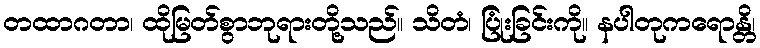
တထာဂတာ၊ ထိုမြတ်စွာဘုရားတို့သည်။ သိတံ၊ ပြုံးခြင်းကို။ နပါတုကရောန္တိ၊